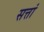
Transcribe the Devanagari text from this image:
सत्तां